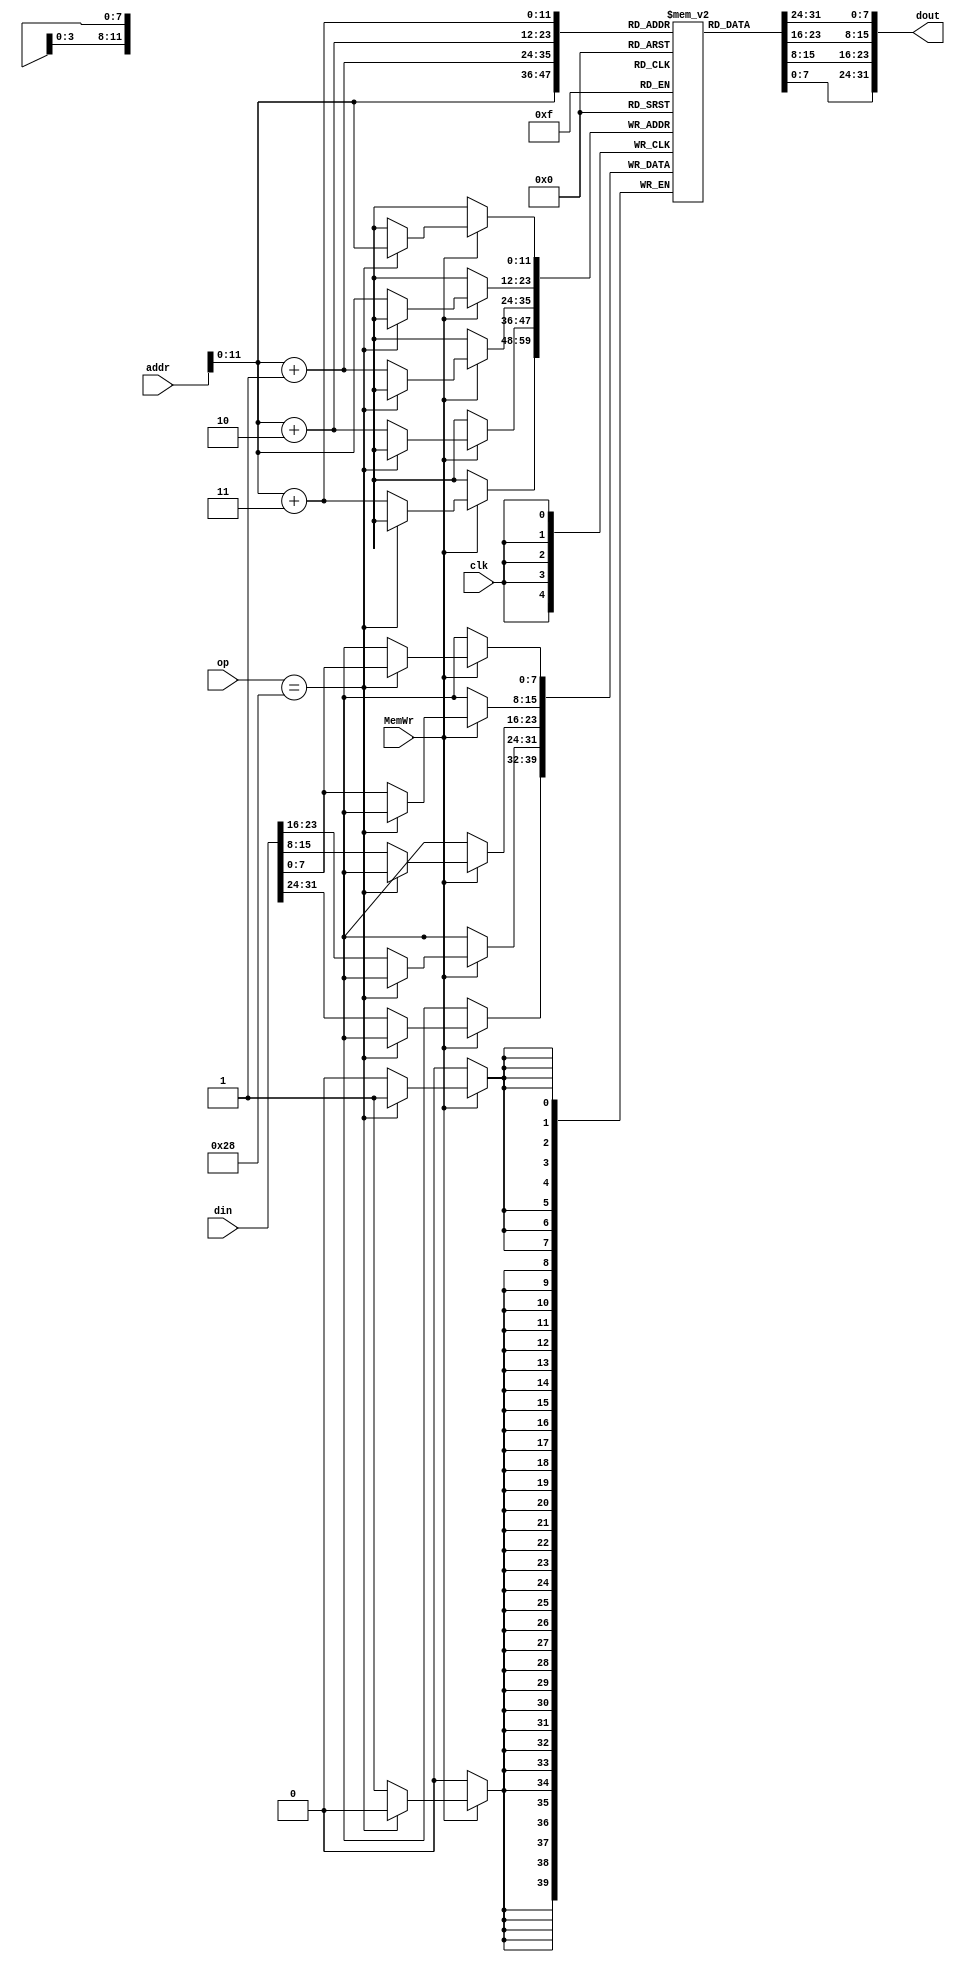
module dm_4k(op, addr, din, dout, clk, MemWr);

input[5:0]	op;
input[31:0]	addr;
input[31:0]	din;
input		clk;
input		MemWr;
output[31:0]	dout;

reg[7:0] dm[4095:0]; //

integer i;

always @(negedge clk)
begin
if(MemWr)
begin
    if(op == 6'b101000)   //sb
        dm[addr] <= din[7:0];
    else {dm[addr + 3], dm[addr + 2], dm[addr + 1], dm[addr]} <= din;
end
end

assign dout = {dm[addr + 3], dm[addr + 2], dm[addr + 1], dm[addr]};

endmodule